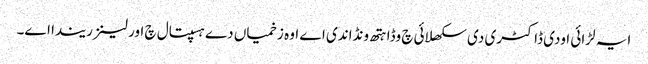
ایہ لڑائی اودی ڈاکٹری دی سکھلائی چ وڈا ہتھ ونڈاندی اے اوہ زخمیاں دے ہسپتال چ اورلینز ریندا اے۔